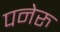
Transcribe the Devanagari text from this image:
पनेरु